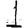
Digit: 1